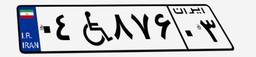
۰۹W۷۸۳۰۹